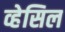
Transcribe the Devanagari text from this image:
व्हेसिल